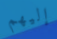
إليهم